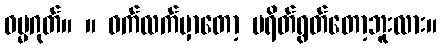
ဓမ္မဂုတ်။ ။ ဝက်လက်မှာတော့ ပရိတ်ရွတ်တော့ဘူးလား။